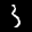
Label: 3